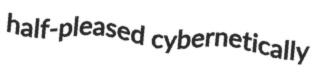
half-pleased cybernetically